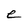
Character: e